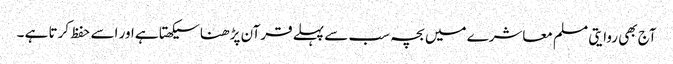
آج بھی روایتی مسلم معاشرے میں بچہ سب سے پہلے قرآن پڑھنا سیکھتا ہے اور اسے حفظ کرتا ہے ۔